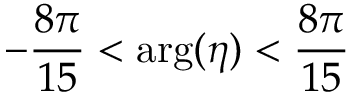
- { \frac { 8 \pi } { 1 5 } } < \mathrm { a r g } ( \eta ) < { \frac { 8 \pi } { 1 5 } }